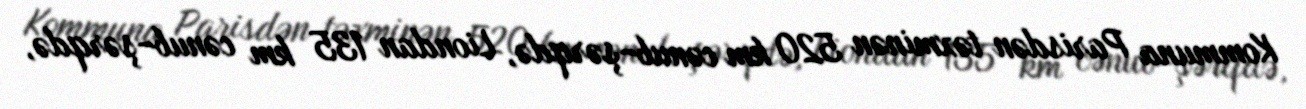
Kommuna Parisdən təxminən 520 km cənub-şərqdə, Liondan 135 km cənub-şərqdə,